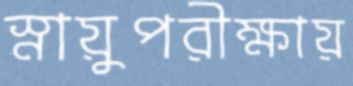
স্নায়ুপরীক্ষায়